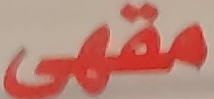
مقهى